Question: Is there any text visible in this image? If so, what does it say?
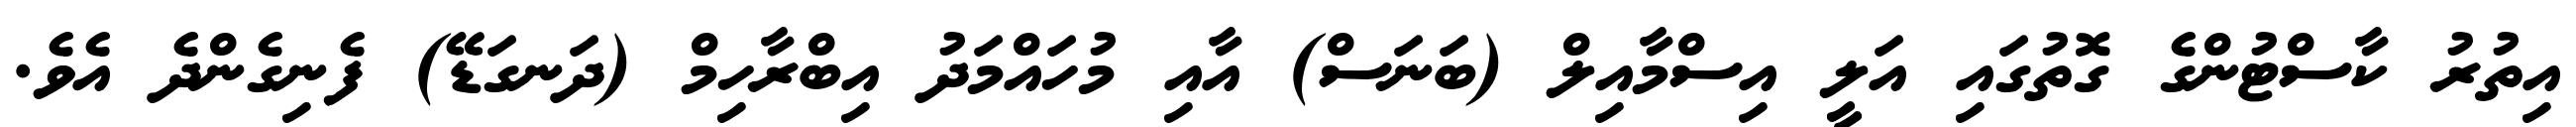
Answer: އިތުރު ކާސްޓުންގެ ގޮތުގައި އަލީ އިސްމާއިލް (ބަނަސް) އާއި މުހައްމަދު އިބްރާހިމް (ދަނގަޑޭ) ފެނިގެންދެ އެވެ.